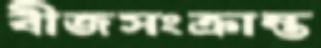
বীজসংক্রান্ত